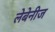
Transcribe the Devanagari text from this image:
लेबेनीज